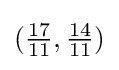
({\tfrac {17}{11}},{\tfrac {14}{11}})